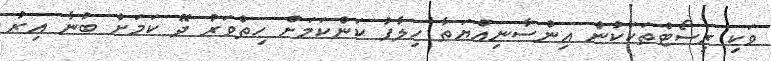
ވަކި ރިސޯޓްތަކަކުން އިންސާނިއްޔަތާ ހިލާފު ކަންކަމަށް ހިތްވަރު ދޭ ކަމަށް ބުނާ އިރު